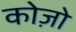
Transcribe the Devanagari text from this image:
कोज़ो